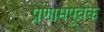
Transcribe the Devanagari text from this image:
प्रणामपूर्वक